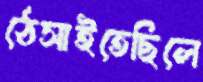
ঠেসাইতেছিলে